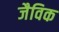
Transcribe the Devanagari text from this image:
जैविक